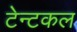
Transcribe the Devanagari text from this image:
टेन्टकल